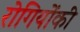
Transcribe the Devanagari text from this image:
रोगियोंकी